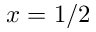
x = 1 / 2